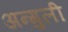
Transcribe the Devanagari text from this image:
अन्गुली